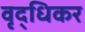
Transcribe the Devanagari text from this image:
वृद्धिकर